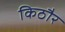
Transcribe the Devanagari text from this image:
किठौर